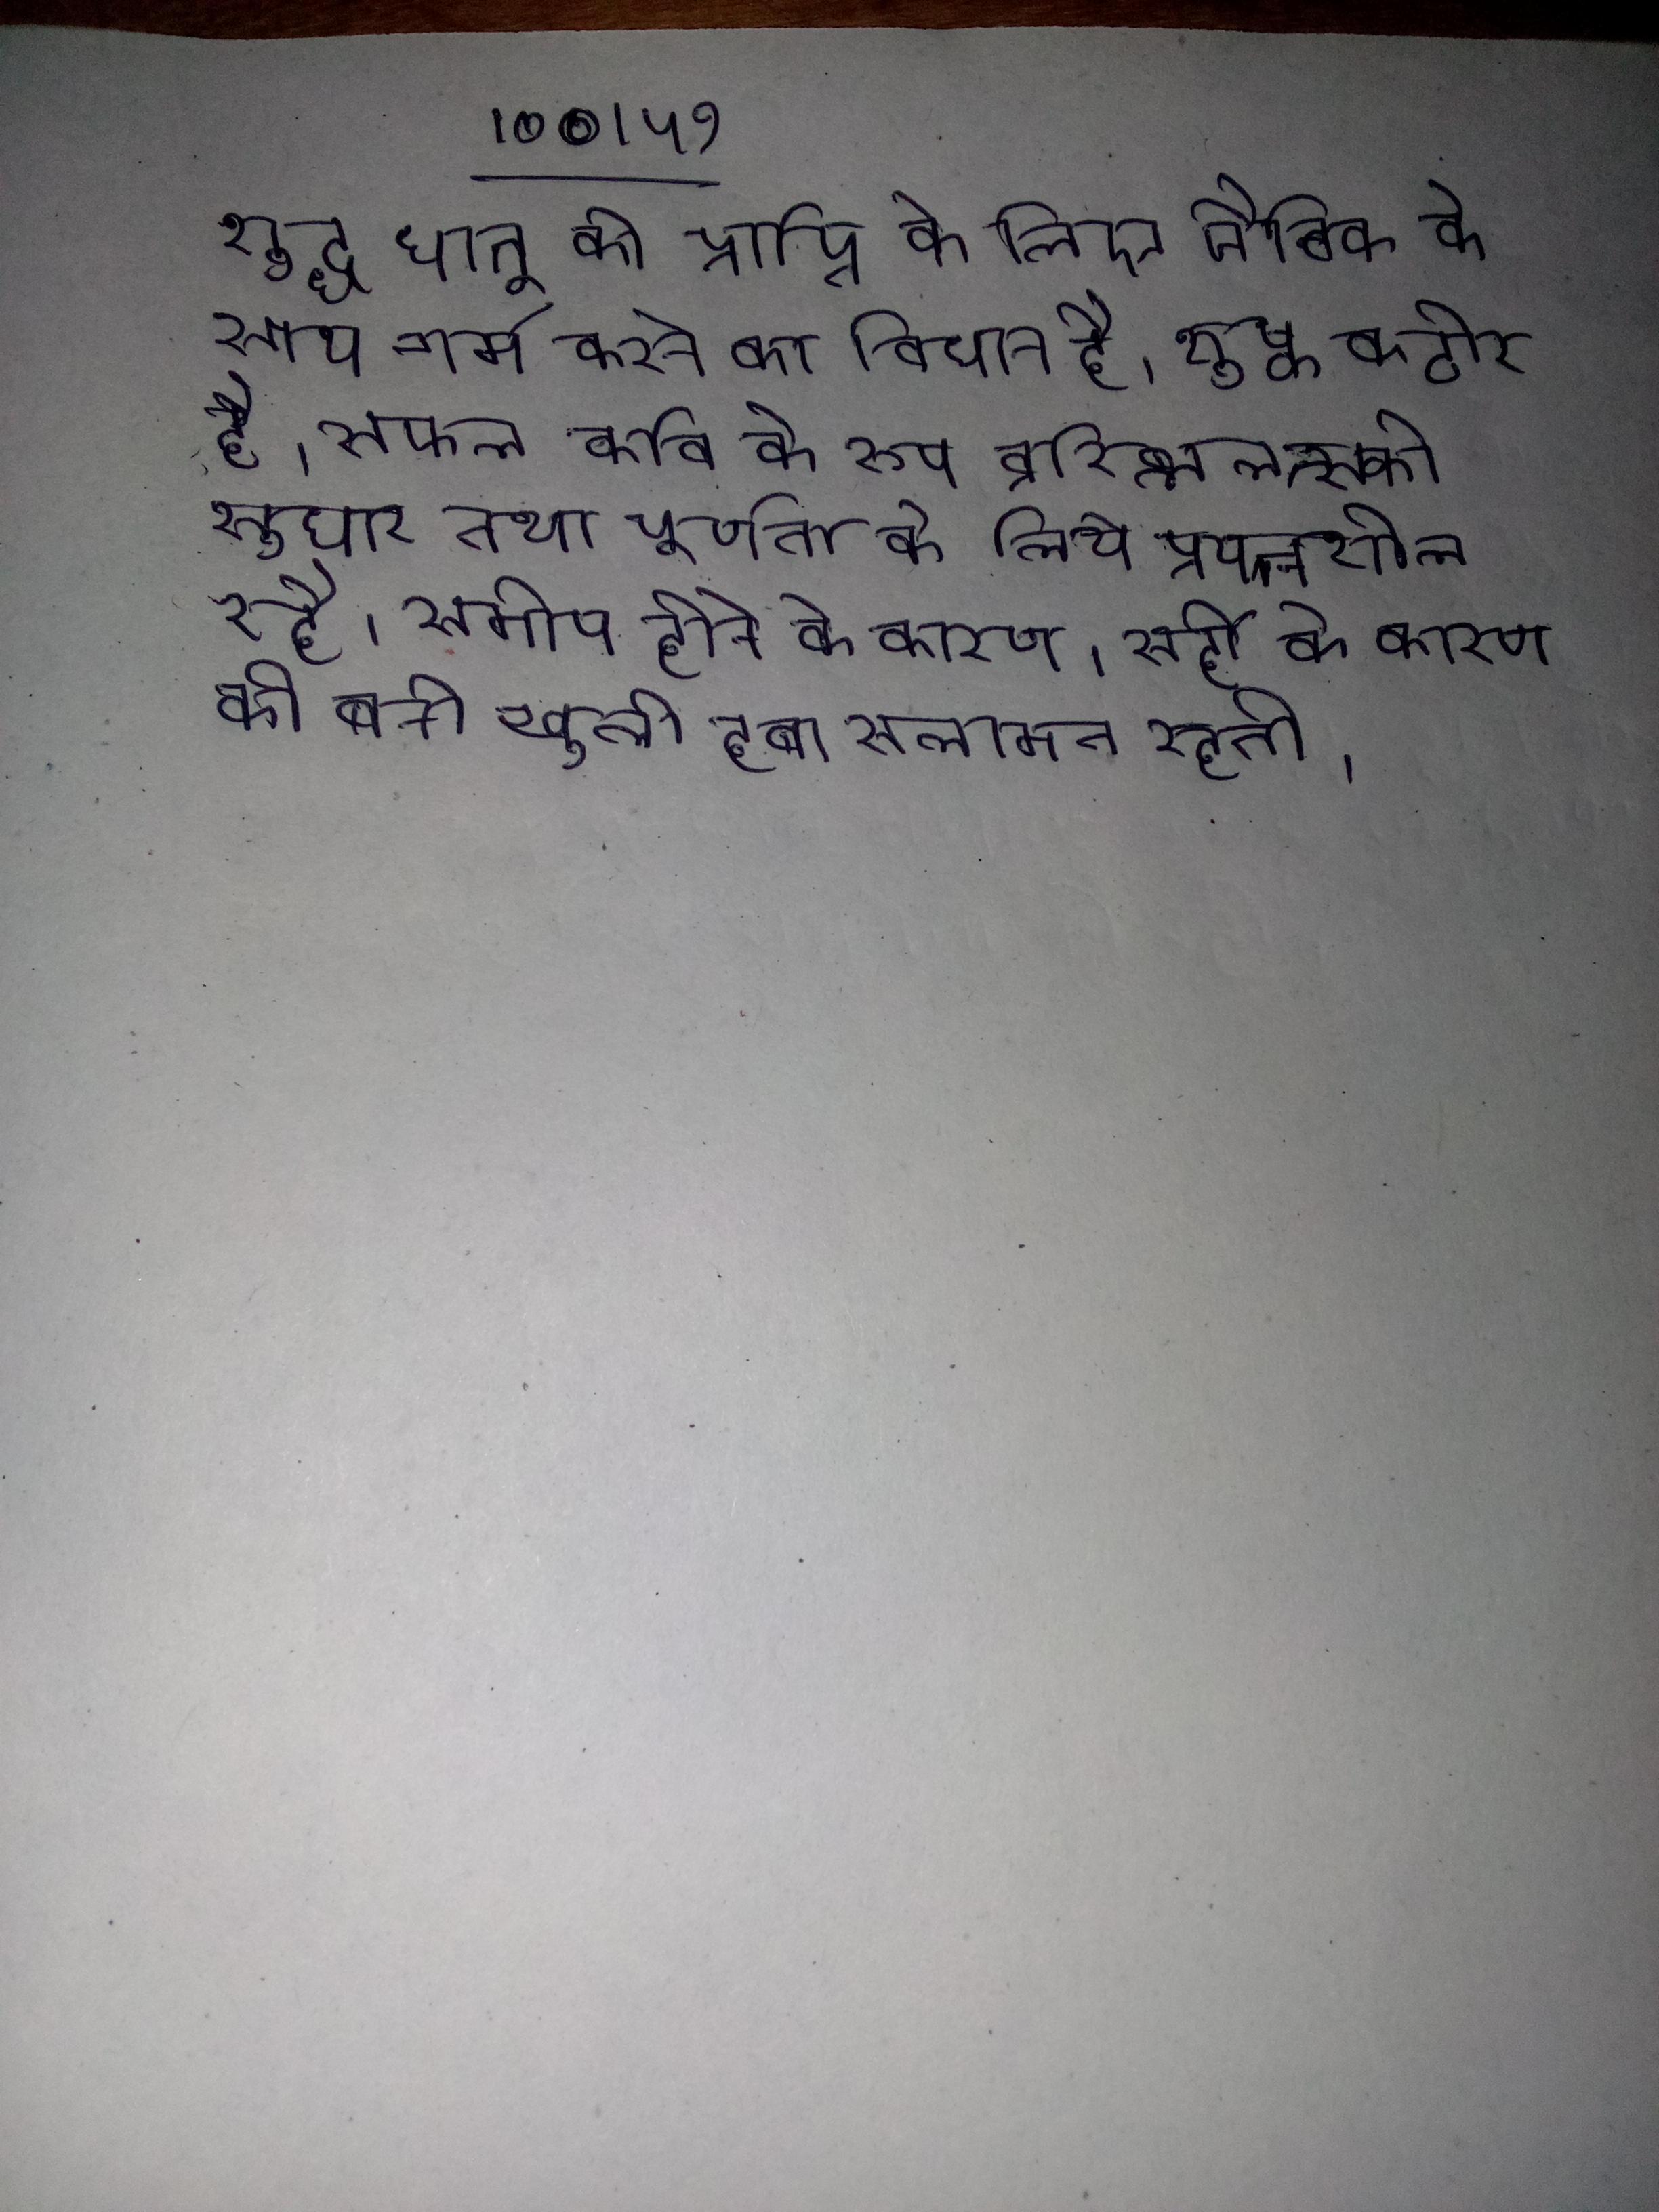
शुद्ध धातु की प्राप्ति के लिए जैविक के साथ गर्म करने का विधान है । शुष्क कठोर है । सफल कवि के रूप व्ररिव्ललत्स्की सुधार तथा पूर्णता के लिये प्रयत्नशील रहे । समीप होने के कारण । सर्दी के कारण की बनी खुली हवा सलामत रहती ।